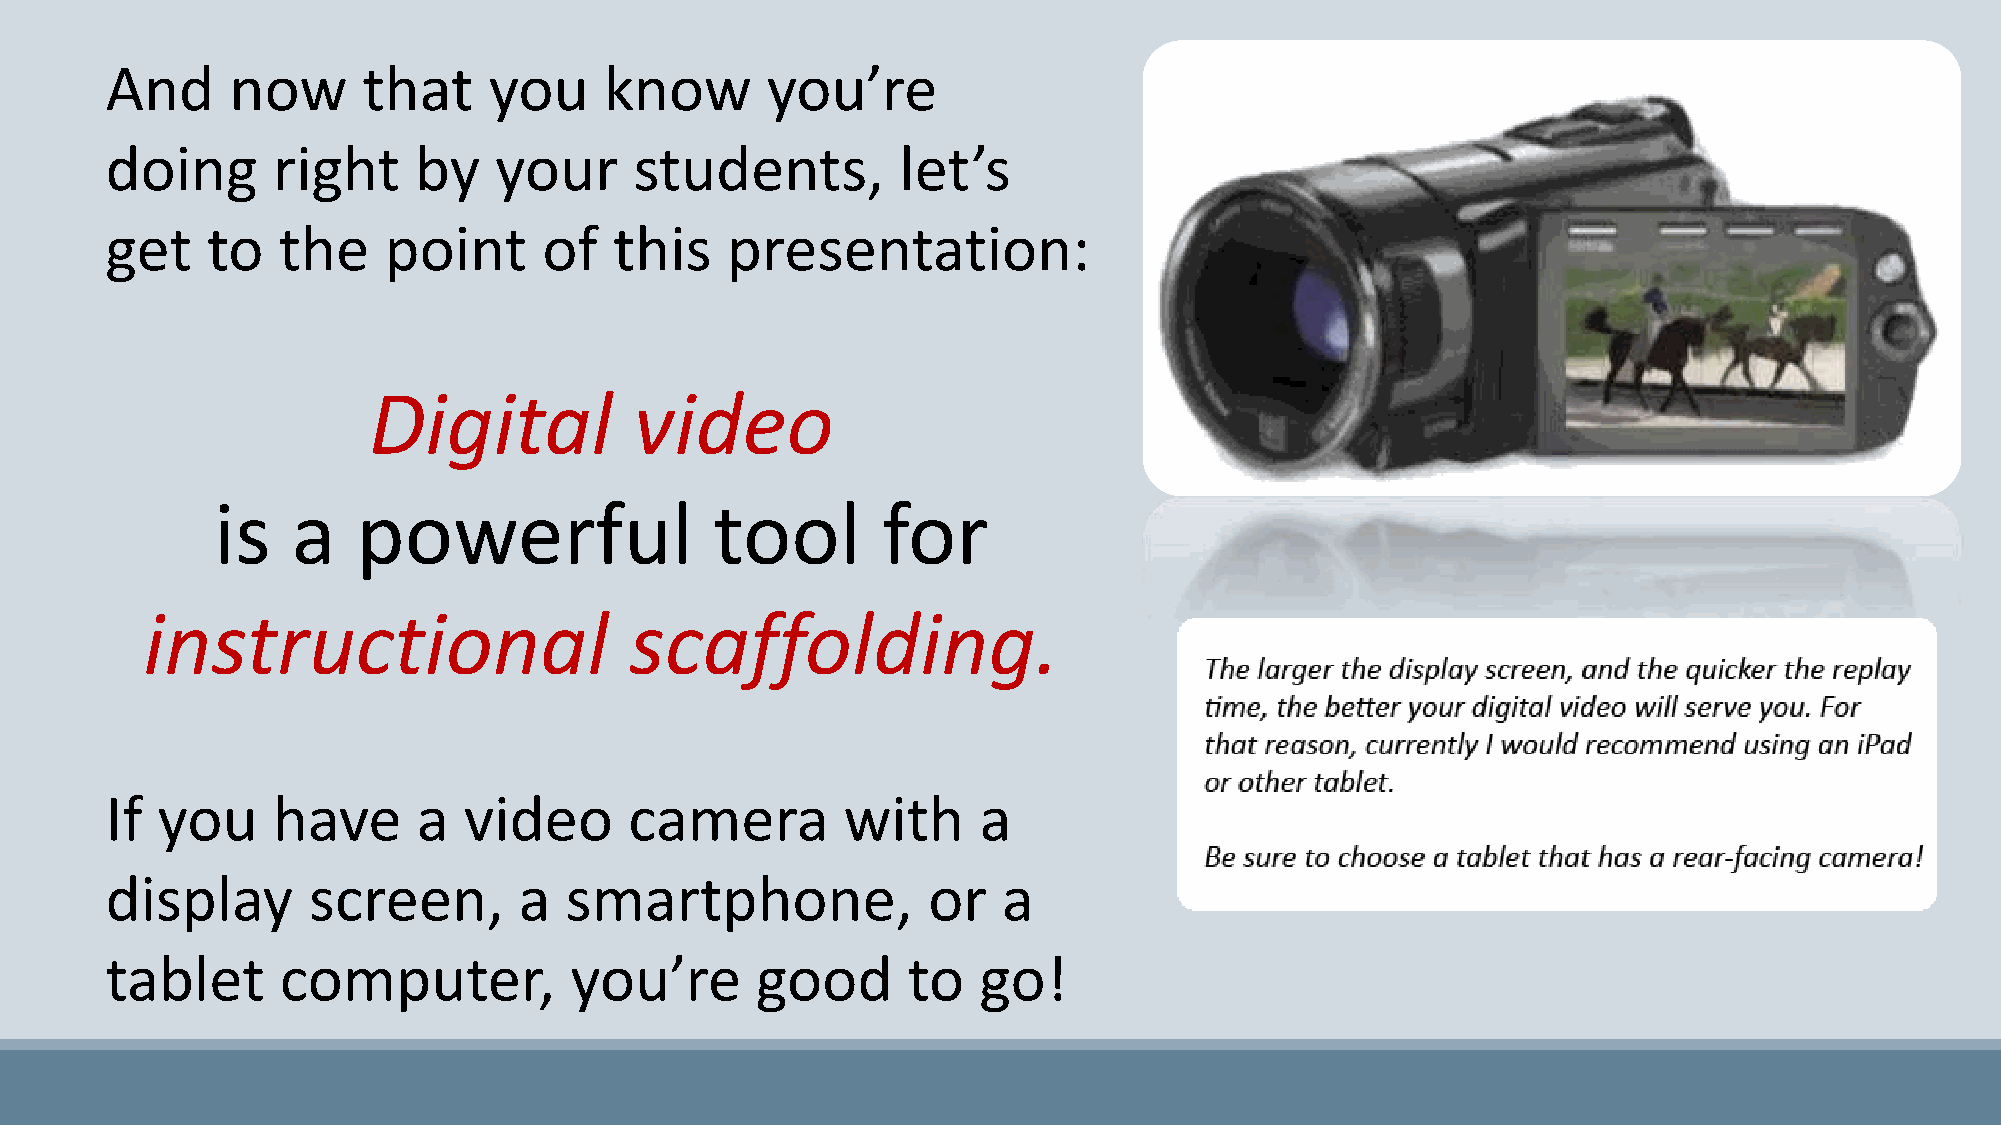
And     now      that    you     know       you’re
 doing      right    by    your     students,         let’s
 get    to  the    point      of   this   presentation:
 Digital           video
 is   a    powerful               tool       for
 instructional                    scaffolding.
 If you     have      a  video      camera        with     a
 display      screen,       a  smartphone,             or   a
 tablet      computer,          you’re      good      to   go!